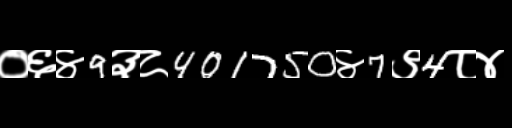
Text: ०६४9३८401750४7९4८४